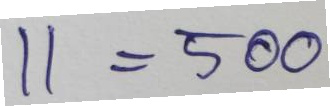
11 = 500